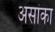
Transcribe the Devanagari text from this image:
असांका